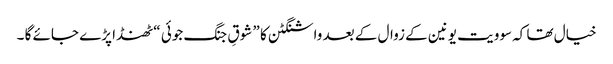
خیال تھا کہ سوویت یونین کے زوال کے بعد واشنگٹن کا ” شوقِ جنگ جوئی “ ٹھنڈا پڑے جائے گا ۔